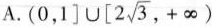
A (0,1 ] \cup [ 2 \sqrt{3},+ \infty)